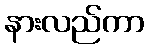
နားလည်ကာ